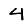
Digit: 4